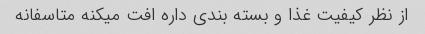
از نظر کیفیت غذا و بسته بندی داره افت میکنه متاسفانه